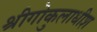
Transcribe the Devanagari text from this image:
श्रीगोकुलाधीश